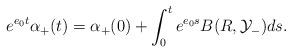
LaTeX: \begin{align*}e^{e_0 t} \alpha_+(t) = \alpha_+(0) + \int_0^t e^{e_0 s} B(R, \mathcal{Y}_-) ds.\end{align*}